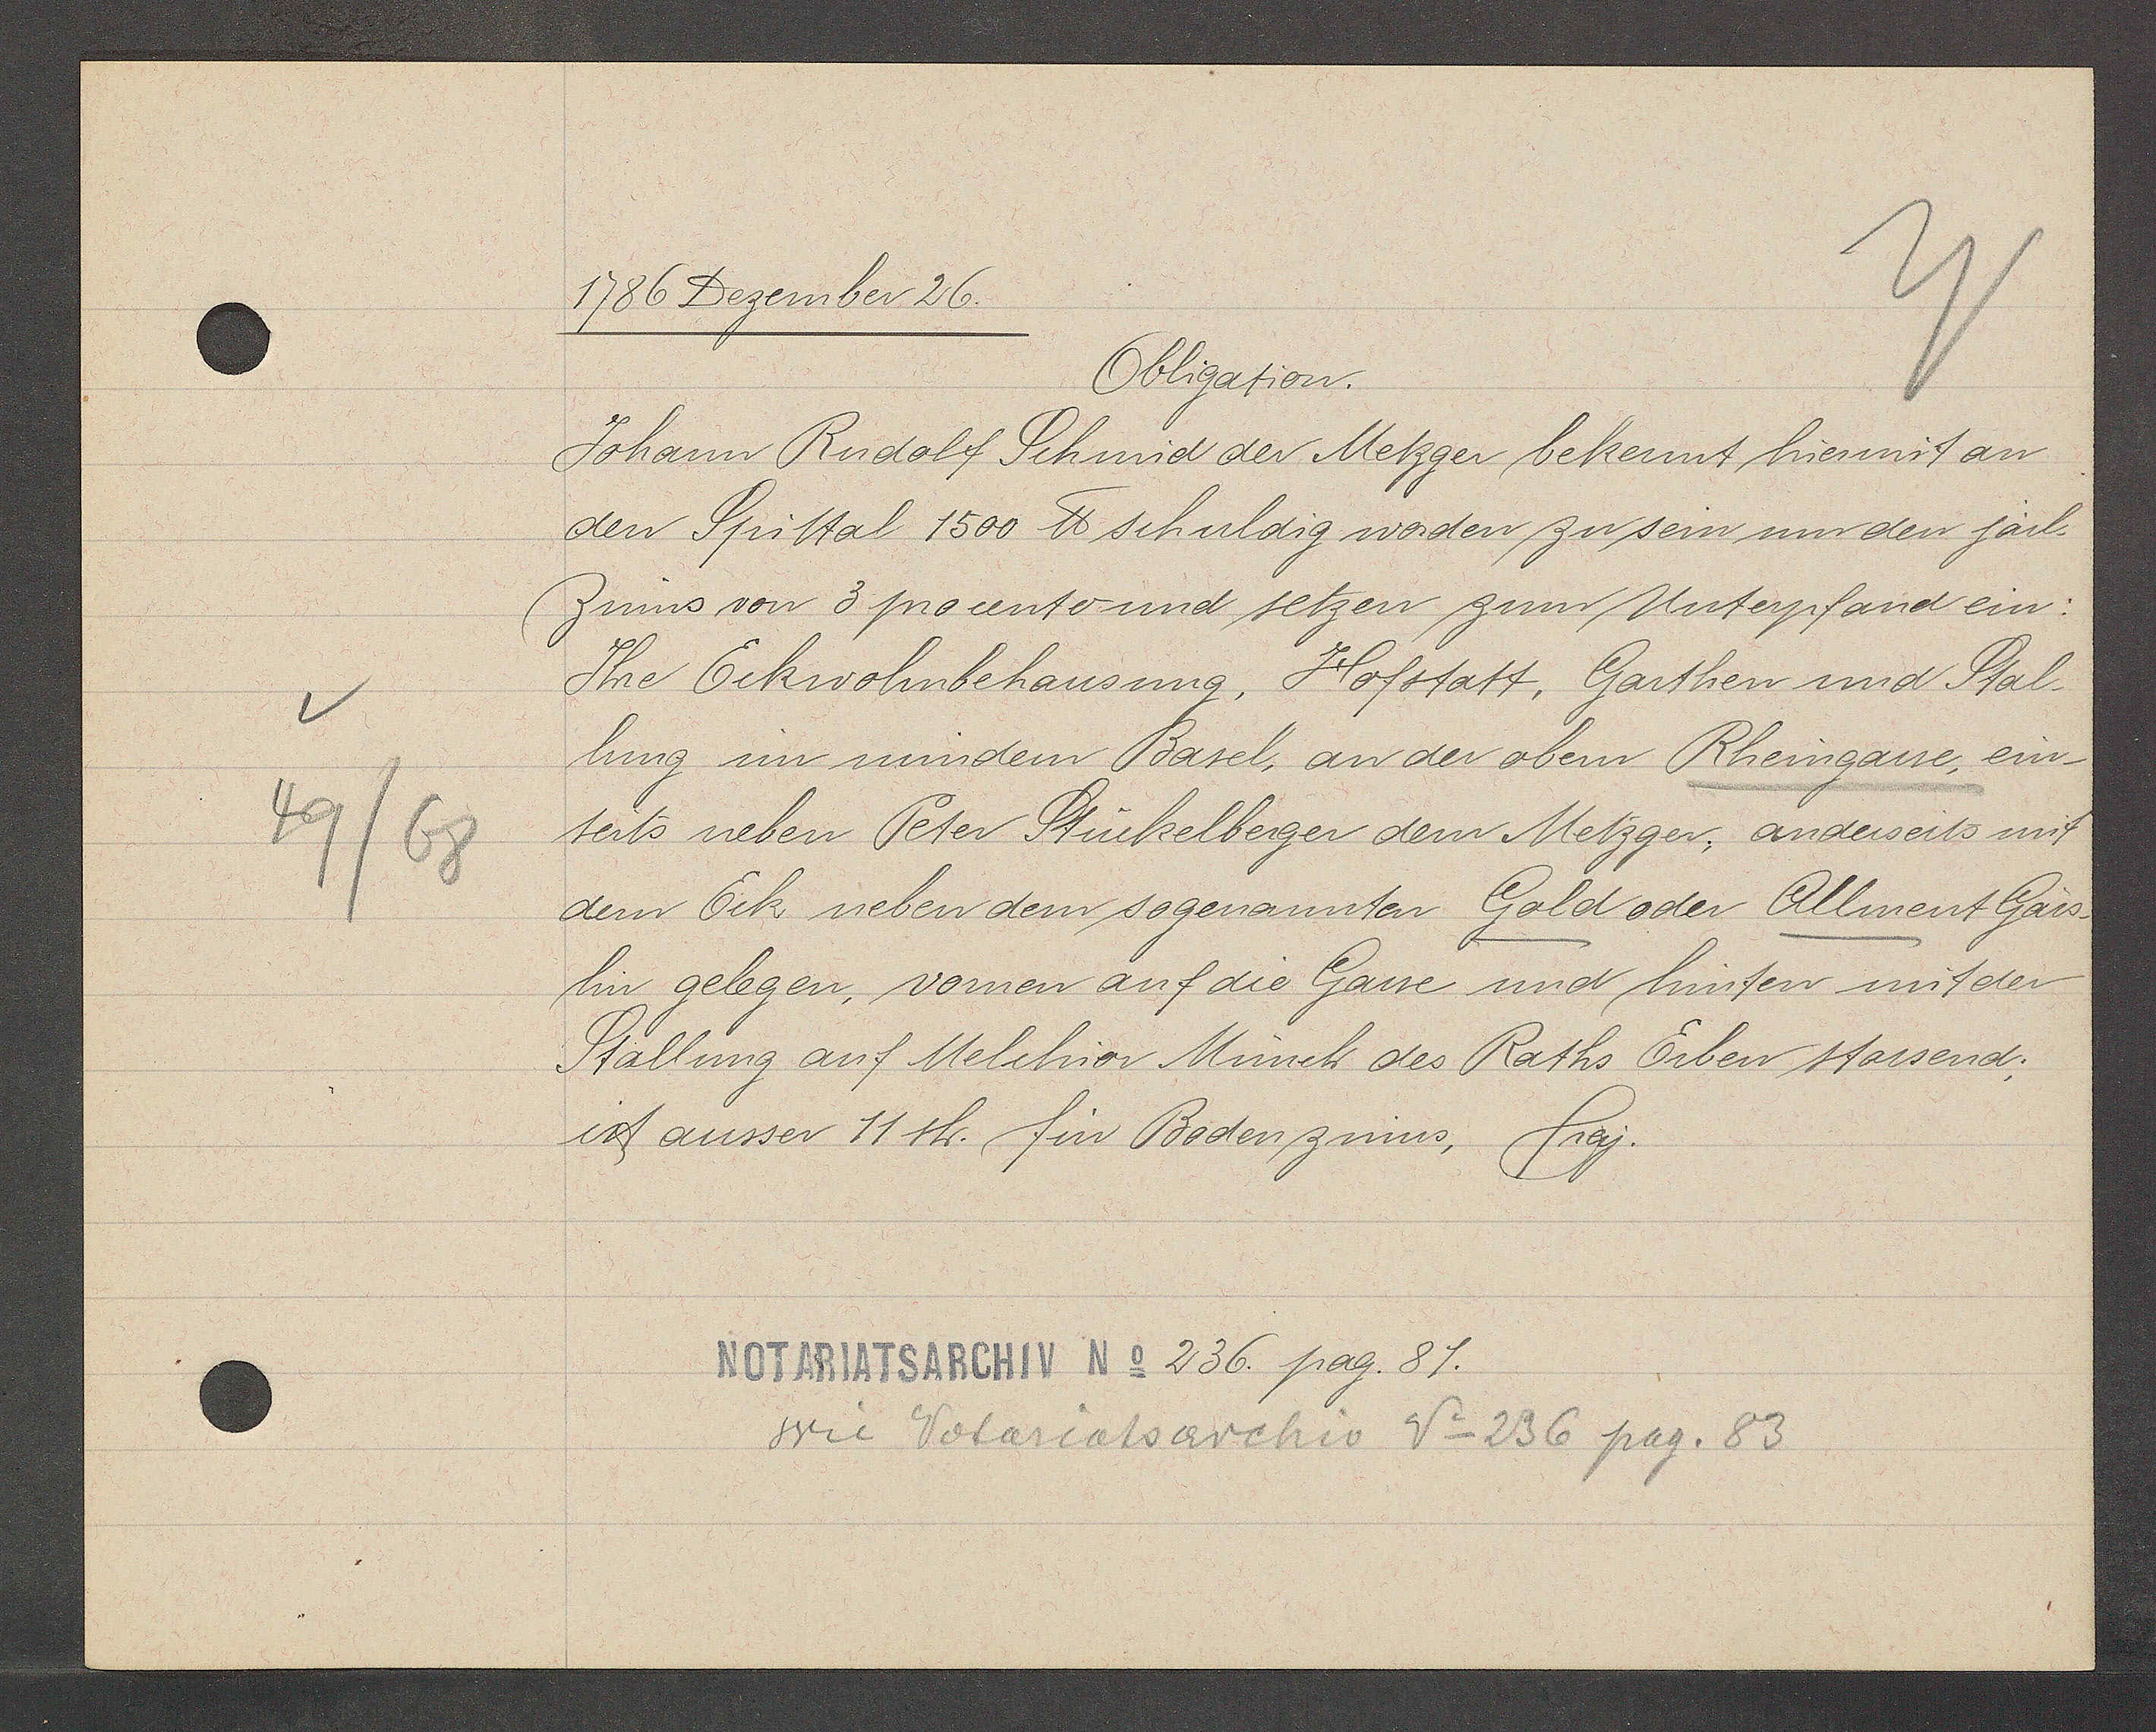
Transcript:
49/68

1786 Dezember 26.

Obligation.
Johann Rudolf Schmid der Metzger bekennt hiermit an
den Spittal 1500 ℔ schuldig worden zu sein um den järl.
Zinns von 3 procento und setzen zum Unterpfand ein:
Ihre Eckwohnbehausung, Hofstatt, Garthen und Stal¬
lung im mindern Basel, an der obern Rheingasse, ein-
terts neben Peter Stückelberger dem Metzger, anderseits mit
dem Eck neben dem sogenannten Gold oder Allment Gäss¬
lin gelegen, vornen auf die Gasse und hinten mit der
Stallung auf Melchior Münch des Raths Erben stossend;
ist ausser 11 sh. für Bodenzinns, frey.

Notariatsarchiv No 236 pag. 81.

wie Notariatsarchiv No 236 pag. 83